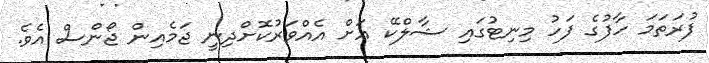
ފުރަތަމަ ހާފުގެ ފަހު މިނިޓުގައި ޝާލްކޭ އަށް އެއްވަރުކޮށްދިނީ ޖަމެއިން ޖޯންސް އެވެ.